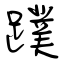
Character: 蹼